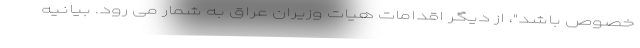
خصوص باشد"، از دیگر اقدامات هیات وزیران عراق به شمار می رود. بیانیه